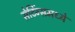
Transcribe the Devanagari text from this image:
सेटिंग्समध्ये